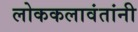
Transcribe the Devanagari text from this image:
लोककलावंतांनी